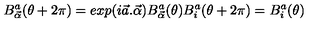
B _ { \vec { \alpha } } ^ { a } ( \theta + 2 \pi ) = e x p ( i \vec { a } . \vec { \alpha } ) B _ { \vec { \alpha } } ^ { a } ( \theta ) B _ { i } ^ { a } ( \theta + 2 \pi ) = B _ { i } ^ { a } ( \theta )